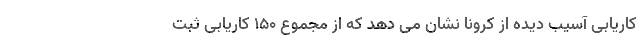
کاریابی آسیب دیده از کرونا نشان می دهد که از مجموع ۱۵۰ کاریابی ثبت